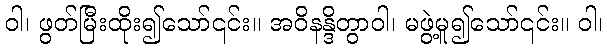
ဝါ၊ ဖွတ်မြီးထိုး၍သော်၎င်း။ အဝိနန္ဒိတွာဝါ၊ မဖွဲ့မူ၍သော်၎င်း။ ဝါ၊